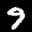
Label: 9